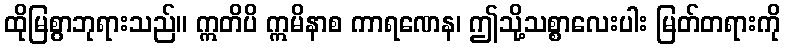
ထိုမြစွာဘုရားသည်။ ဣတိပိ ဣမိနာစ ကာရဏေန၊ ဤသို့သစ္စာလေးပါး မြတ်တရားကို